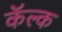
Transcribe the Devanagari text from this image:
कॅल्क